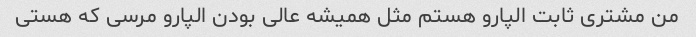
من مشتری ثابت الپارو هستم مثل همیشه عالی بودن الپارو مرسی که هستی